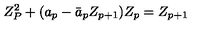
Z _ { P } ^ { 2 } + ( a _ { p } - \bar { a } _ { p } Z _ { p + 1 } ) Z _ { p } = Z _ { p + 1 }